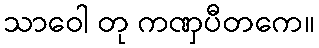
သာဝေါ တု ကဏှပီတကေ။